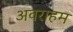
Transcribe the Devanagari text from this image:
अवराहम